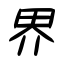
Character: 界